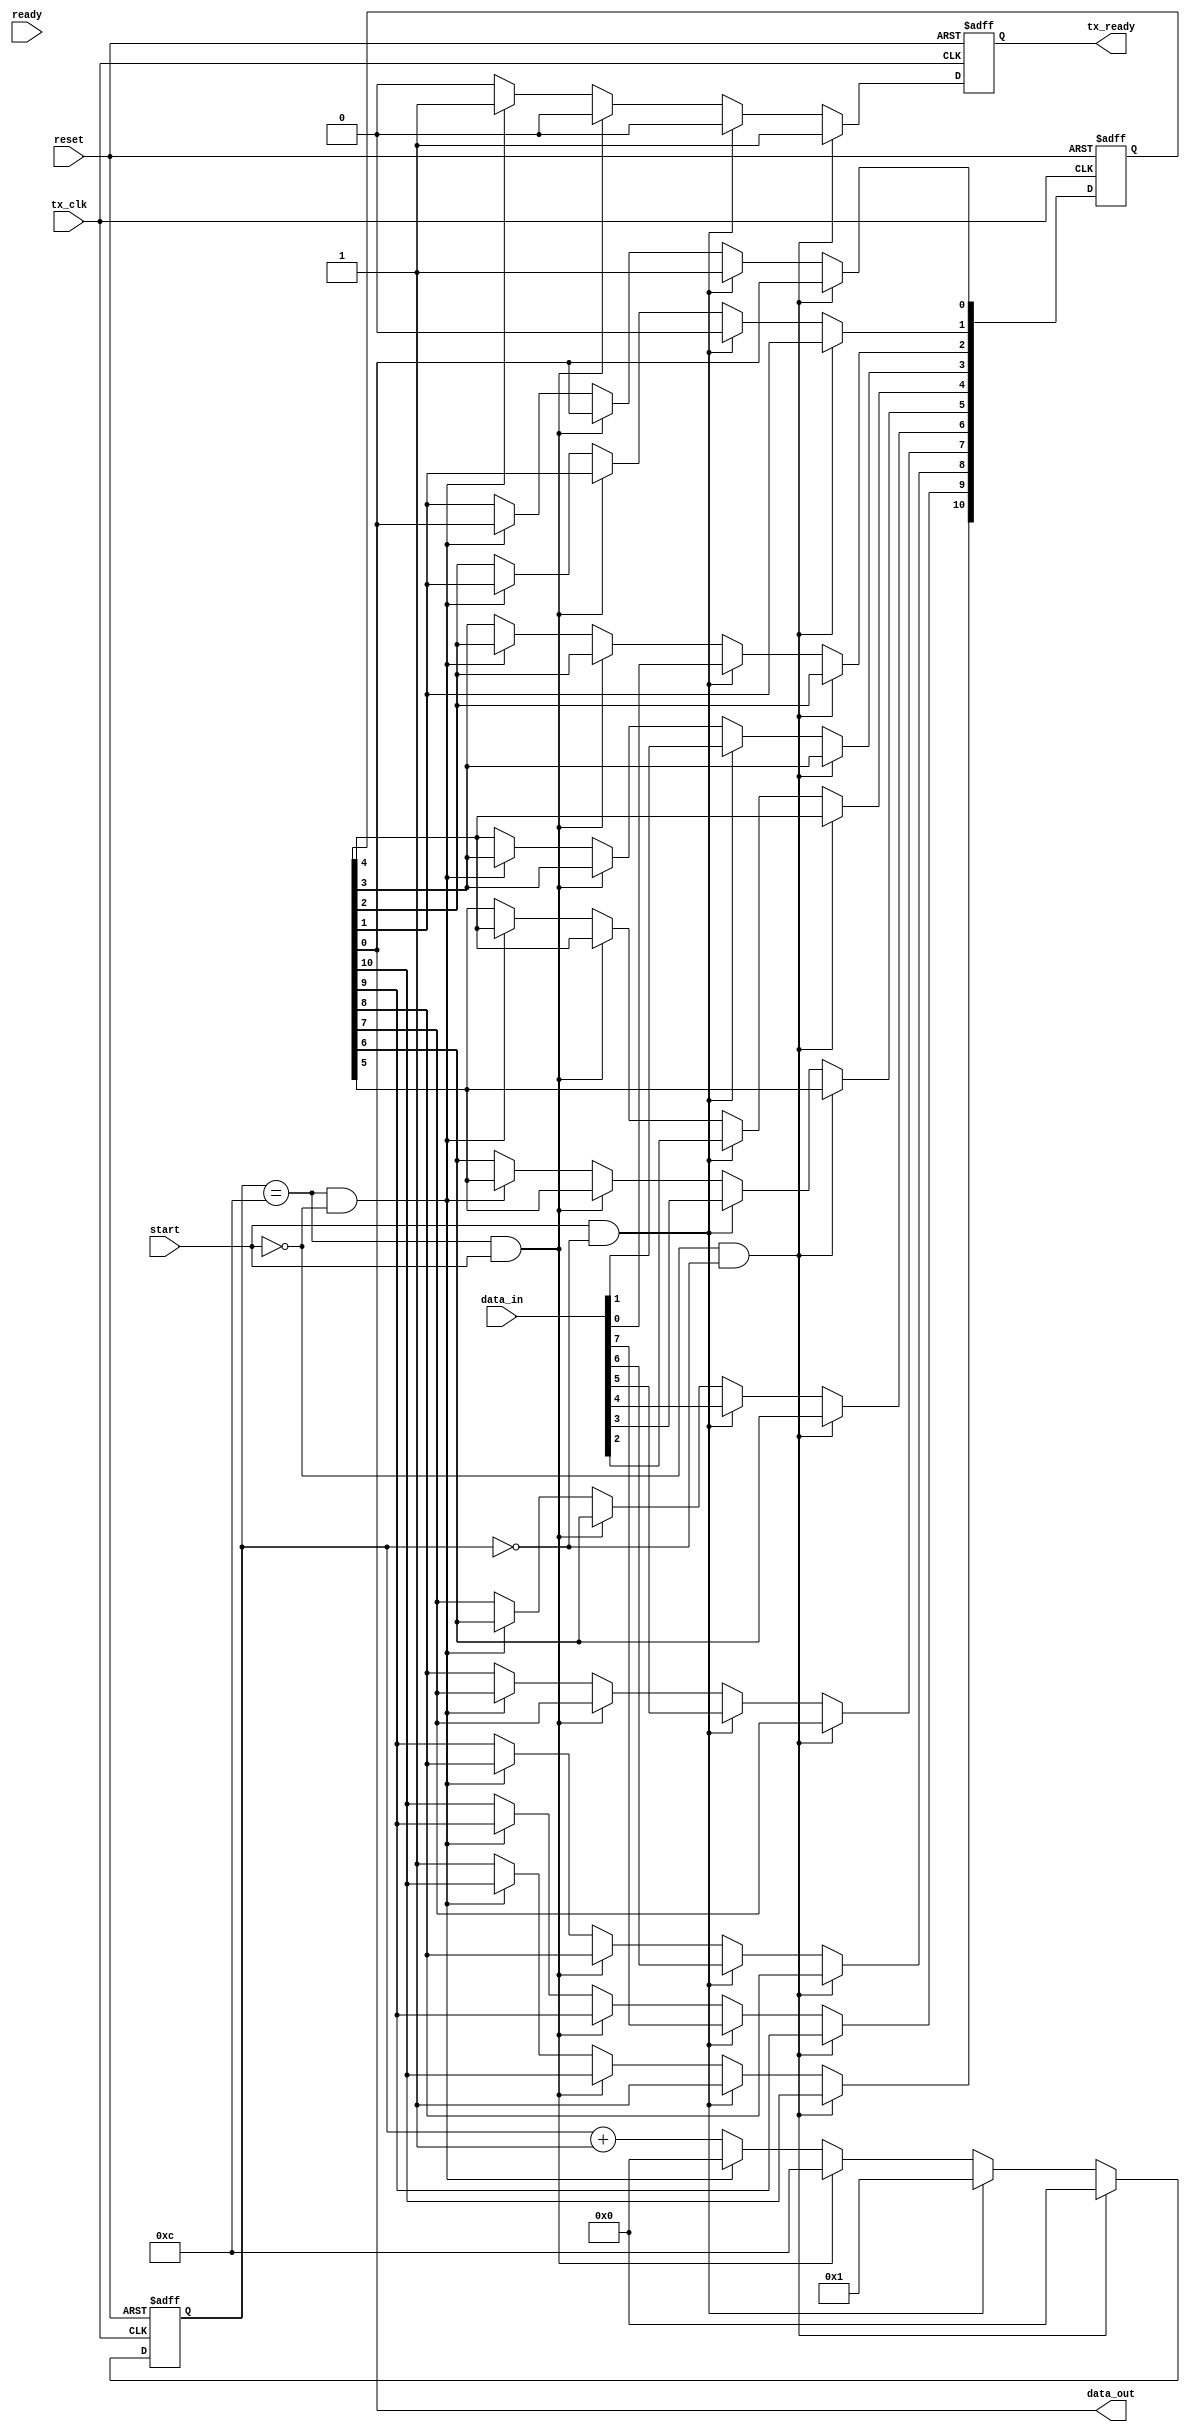
`timescale 1ns / 1ns

module transmitter(
	input [7:0] data_in,															// one byte of data you want to send out
	input tx_clk,																	// clk
	input reset,
	input start,																	// Only start to send out data when start == 1
	output data_out,																// TX buffer
	output tx_ready,																// tx_ready signifies the availability of TX buffer
	input ready  // my code
   );

	reg [10:0] shift;																// TX buffer
	reg [3:0] state;														
	reg available;																	// signify TX's availability

	assign data_out = shift[0];
	assign tx_ready = available;

always @(posedge tx_clk , posedge reset)
	begin
	if (reset)																		// On reset, always set the TX bus high
		begin
		shift <= 10'b1111111111;
		state <= 0;
		available <= 1'b1;
		end
	else //if (ready) begin
	if (start == 0 && state == 0)										// Wait for start signal
		begin
		state <= 0;
		available <= 1;
		end
	else if (start == 1 && state == 0)										// When start signal comes, prepare the data to send, move to next state
		begin
	   shift <= {1'b1,data_in,1'b0,1'b1};							
		state <= 1;
		available <= 0;
		end
	else if (state == 12 && start == 1)										// Wait for the start signal to drop before next TX operation
		begin
		state <= 12;
		available <= 0;
		end
	else if (state == 12 && start == 0)										// Move to the waiting state and wait for the next rising of start signal
		begin
		state <= 0;
		available <= 1;
		end
	else																				// send 10 bits of data one at a time
		begin
		available <= 0;
	   state <= state+1'b1;
		shift[0] <= shift [1];
		shift[1] <= shift[2];
		shift[2] <= shift [3];
		shift[3] <= shift [4];
		shift[4] <= shift [5];
		shift[5] <= shift [6];
		shift[6] <= shift [7];
		shift[7] <= shift [8];
		shift[8] <= shift [9];
		shift[9] <= shift [10];
		shift[10] <= 1'b1;
		end
	//end
	end
	   
endmodule